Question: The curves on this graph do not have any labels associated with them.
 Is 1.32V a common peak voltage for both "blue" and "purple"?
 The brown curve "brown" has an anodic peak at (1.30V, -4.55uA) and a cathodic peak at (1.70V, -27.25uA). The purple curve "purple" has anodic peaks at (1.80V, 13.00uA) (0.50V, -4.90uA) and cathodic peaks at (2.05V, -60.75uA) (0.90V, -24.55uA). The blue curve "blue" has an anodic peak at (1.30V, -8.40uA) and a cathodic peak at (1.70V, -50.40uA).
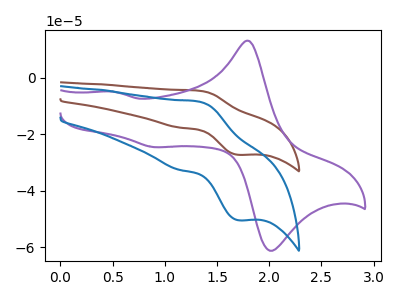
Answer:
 <answer>No, "blue" and "purple" dont share a peak at 1.32V.</answer>
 <eval>mismatch</eval>